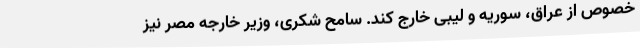
خصوص از عراق، سوریه و لیبی خارج کند. سامح شکری، وزیر خارجه مصر نیز